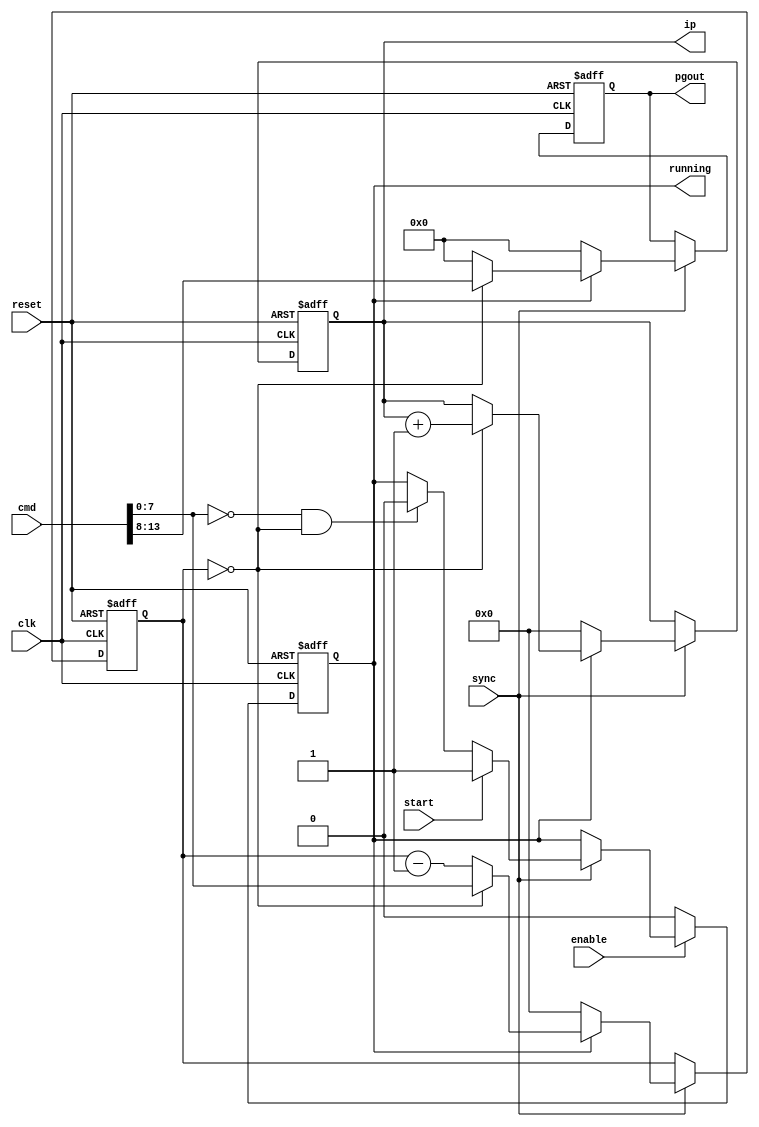
module pg_sequencer
(
  input clk,
  input sync,
  input reset,
	input enable,
  input start,
  output reg running,
  output reg [5:0]pgout,
  output reg [7:0]ip,  
  input [15:0]cmd
);
  wire [5:0]cmd_sig = cmd[13:8];
  wire [7:0]cmd_del = cmd[7:0];
  wire stop = cmd_del == 0;   
  reg [7:0]delay;   
  wire next = delay == 0;
  always @(posedge clk or posedge reset)
  begin
    if (reset) running <= 0;
    else if (enable)
    begin
    	if (sync)
    	begin
    	  if (start)             running <= 1;
    	  else if (stop && next) running <= 0;
    	end
    end
    else running <= 0;
  end
  always @(posedge clk or posedge reset)
  begin
    if (reset) ip <= 0;
    else if (sync)
    begin
      if (!running)  ip <= 0;
      else if (next) ip <= ip + 8'd1;
    end
  end
  always @(posedge clk or posedge reset)
  begin
    if (reset)
    begin
      delay <= 0;
      pgout <= 0;
    end
    else if (sync)
    begin
      if (!running)
      begin
        delay <= 0;
        pgout <= 0;
      end
      else if (next)
      begin
        delay <= cmd_del;
        pgout <= cmd_sig;
      end
      else
      begin
        delay <= delay - 8'd1;
        pgout <= 5'b00000;
      end
    end
  end
endmodule